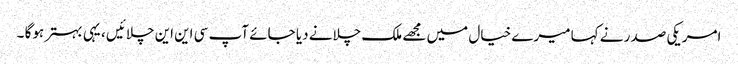
امریکی صدر نے کہا میرے خیال میں مجھے ملک چلانے دیا جائے آپ سی این این چلائیں ، یہی بہتر ہوگا ۔